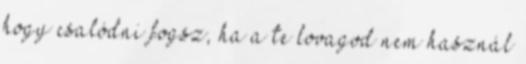
hogy csalódni fogsz, ha a te lovagod nem használ